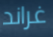
غراند